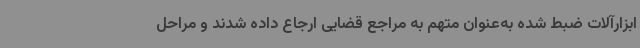
ابزارآلات ضبط شده به‌عنوان متهم به مراجع قضایی ارجاع داده شدند و مراحل